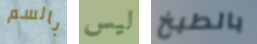
بالسم ليس بالطبخ